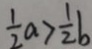
\frac { 1 } { 2 } a > \frac { 1 } { 2 } b